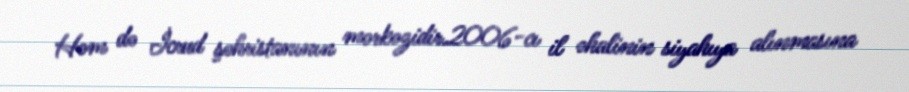
Həm də İcrud şəhristanının mərkəzidir.2006-cı il əhalinin siyahıya alınmasına